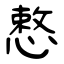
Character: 慗